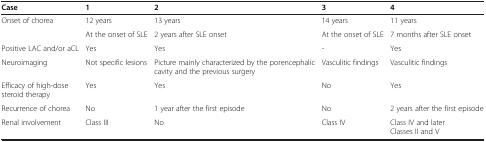
<table><thead><tr><td><b>Case</b></td><td><b>1</b></td><td><b>2</b></td><td><b>3</b></td><td><b>4</b></td></tr></thead><tbody><tr><td rowspan="2">Onset of chorea</td><td>12 years</td><td>13 years</td><td>14 years</td><td>11 years</td></tr><tr><td>At the onset of SLE</td><td>2 years after SLE onset</td><td>At the onset of SLE</td><td>7 months after SLE onset</td></tr><tr><td>Positive LAC and/or aCL</td><td>Yes</td><td>Yes</td><td>-</td><td>Yes</td></tr><tr><td>Neuroimaging</td><td>Not specific lesions</td><td>Picture mainly characterized by the porencephalic cavity and the previous surgery</td><td>Vasculitic findings</td><td>Vasculitic findings</td></tr><tr><td>Efficacy of high-dose steroid therapy</td><td>Yes</td><td>Yes</td><td>No</td><td>Yes</td></tr><tr><td>Recurrence of chorea</td><td>No</td><td>1 year after the first episode</td><td>No</td><td>2 years after the first episode</td></tr><tr><td>Renal involvement</td><td>Class III</td><td>No</td><td>Class IV</td><td>Class IV and later Classes II and V</td></tr></tbody></table>